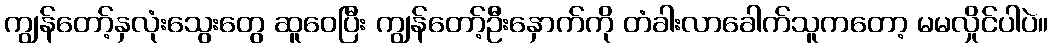
ကျွန်တော့်နှလုံးသွေးတွေ ဆူဝေပြီး ကျွန်တော့်ဦးနှောက်ကို တံခါးလာခေါက်သူကတော့ မမလှိုင်ပါပဲ။